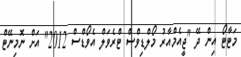
މަޓާޓޯ އިން ދޭ "ޖީއެމްއާރު މޯލްޑިވްސް ޓްރެވަލް އެވޯޑްސް 2012" އަށް ނޮމިނޭޓް